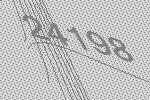
24198